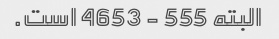
البته 555 - 4653 است.